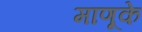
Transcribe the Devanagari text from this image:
माणूके